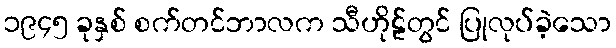
၁၉၄၅ ခုနှစ် စက်တင်ဘာလက သီဟိုဠ်တွင် ပြုလုပ်ခဲ့သော